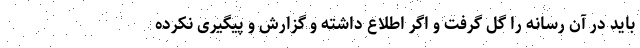
باید درِ آن رسانه را گِل گرفت و اگر اطلاع داشته و گزارش و پیگیری نکرده